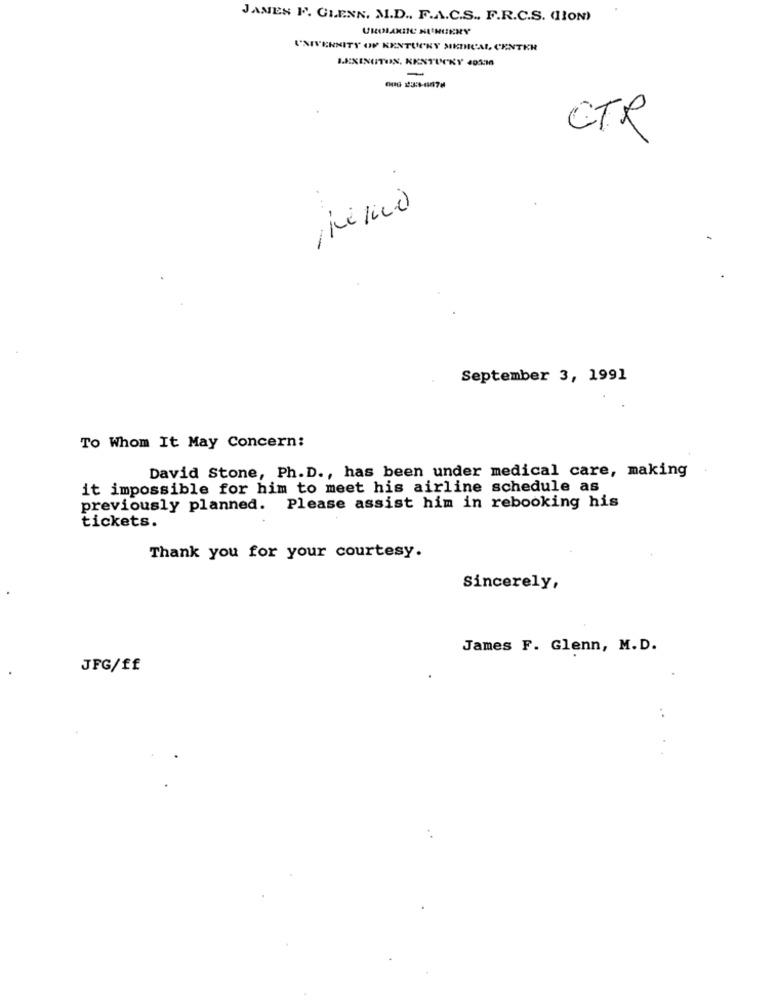
JANES F. GLENN. M.D. F.A.C.S. F.R.C.S. (TION)
UROIAKIC HUNUKRY
UNIVERSITY OF KENTUCKY SKINICAL, CENTKR
LEXINGTON, KENTUCKY 405:16
-
CTR
0
September 3, 1991
To Whom It May Concern:
David Stone, Ph.D ., has been under medical care, making
it impossible for him to meet his airline schedule as
previously planned. Please assist him in rebooking his
tickets.
Thank you for your courtesy.
Sincerely,
James F. Glenn, M.D.
JFG/ff